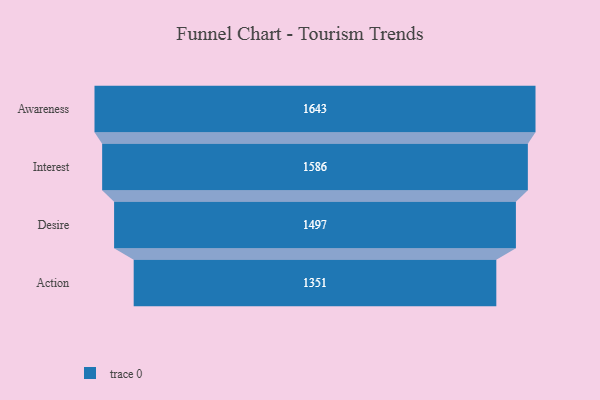
{"axis": {"x": "Stage", "y": "Value"}, "legend": [""], "data": [{"x": "Awareness", "y": 1643.0, "type": ""}, {"x": "Interest", "y": 1586.0, "type": ""}, {"x": "Desire", "y": 1497.0, "type": ""}, {"x": "Action", "y": 1351.0, "type": ""}]}